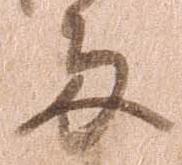
多